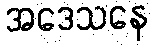
အဒေသနေ